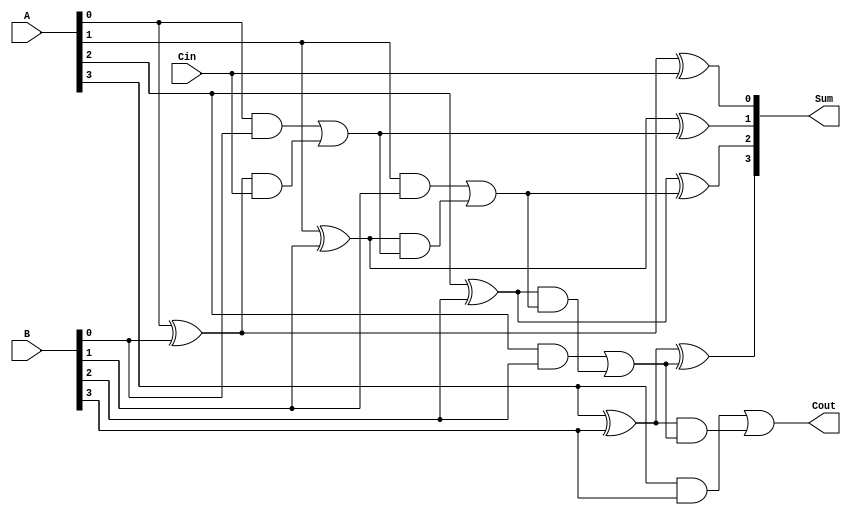
module CarryInLookaheadAdder #(parameter n = 4) (
    input  [n-1:0] A,      // First operand
    input  [n-1:0] B,      // Second operand
    input         Cin,      // Carry input
    output [n-1:0] Sum,     // Sum output
    output        Cout      // Carry output
);
    wire [n-1:0] G;  // Generate signals
    wire [n-1:0] P;  // Propagate signals
    wire [n:0] C;    // Carry signals (C[0] is Cin)

    // Generate and Propagate calculations
    genvar i;
    generate
        for (i = 0; i < n; i = i + 1) begin : generate_propagate
            assign G[i] = A[i] & B[i]; // G[i] = A[i] * B[i]
            assign P[i] = A[i] ^ B[i]; // P[i] = A[i] + B[i]
        end
    endgenerate

    // Carry calculations using lookahead logic
    assign C[0] = Cin; // C[0] = Cin
    generate
        for (i = 0; i < n; i = i + 1) begin : carry_generation
            if (i == 0) begin
                assign C[i+1] = G[i] | (P[i] & C[i]);
            end else begin
                assign C[i+1] = G[i] | (P[i] & C[i]);
            end
        end
    endgenerate

    // Sum calculation
    generate
        for (i = 0; i < n; i = i + 1) begin : sum_calculation
            assign Sum[i] = P[i] ^ C[i]; // Sum[i] = P[i] XOR C[i]
        end
    endgenerate

    // Final carry output
    assign Cout = C[n]; // Cout = C[n]

endmodule